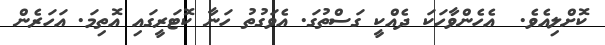
ކޮށްލިއެވެ.  އެހެންވާހަކަ ދެއްކީ ގަސްތުގަ. އެވަގުތު ހަނާ ކޮޓަރީގައި އޮތިމަ. އަހަރެން